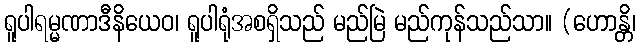
ရူပါရမ္မဏာဒီနိယေဝ၊ ရူပါရုံအစရှိသည် မည်မြဲ မည်ကုန်သည်သာ။ (ဟောန္တိ၊